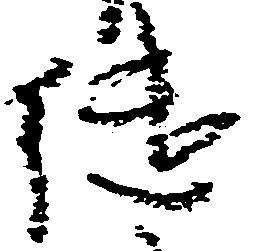
継